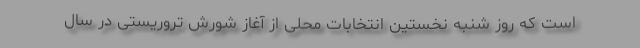
است که روز شنبه نخستین انتخابات محلی از آغاز شورش تروریستی در سال